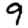
Digit: 9